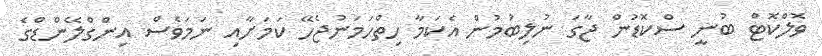
ވޮލްކޮޓް ބުނީ ސްކޮޑުން ޖާގަ ނުލިބުމުން އެކަމާ ހިތްހަމަނުޖެހޭ ކަމަށާއި ނަމަވެސް އިންގްލޭންޑްގެ